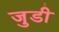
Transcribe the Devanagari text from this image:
जुडी